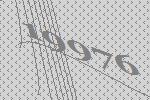
19976